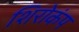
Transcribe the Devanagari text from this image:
शिरोकंप